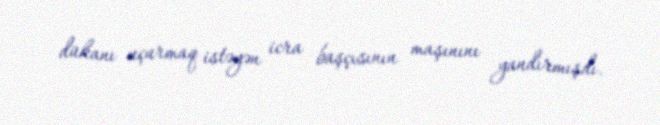
dükanı uçurmaq istəyən icra başçısının maşınını yandırmışdı.